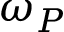
\omega _ { P }